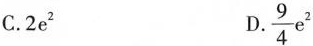
C.2e^{2} D.\frac{9}{4}e^{2}